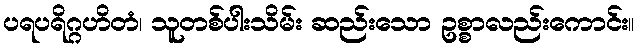
ပရပရိဂ္ဂဟိတံ၊ သူတစ်ပါးသိမ်း ဆည်းသော ဥစ္စာလည်းကောင်း။